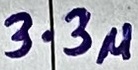
Text: 3.3u